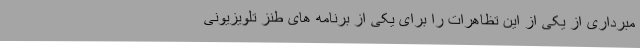
مبرداری از یکی از این تظاهرات را برای یکی از برنامه های طنز تلویزیونی